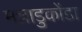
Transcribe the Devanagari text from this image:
मन्नाडुकोंडा